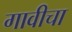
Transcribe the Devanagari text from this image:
गावीचा